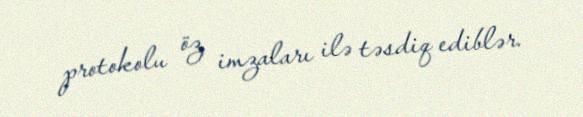
protokolu öz imzaları ilə təsdiq ediblər.